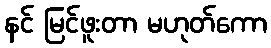
နင် မြင်ဖူးတာ မဟုတ်ကော